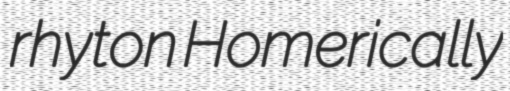
rhyton Homerically